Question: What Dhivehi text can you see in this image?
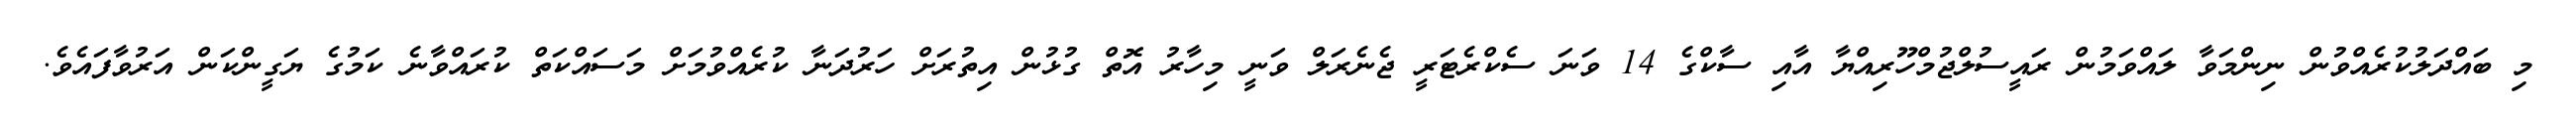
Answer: މި ބައްދަލުކުރެއްވުން ނިންމަވާ ލައްވަމުން ރައީސުލްޖުމްހޫރިއްޔާ އާއި ސާކްގެ 14 ވަނަ ސެކްރެޓަރީ ޖެނެރަލް ވަނީ މިހާރު އޮތް ގުޅުން އިތުރަށް ހަރުދަނާ ކުރެއްވުމަށް މަސައްކަތް ކުރައްވާނެ ކަމުގެ ޔަގީންކަން އަރުވާފައެވެ.